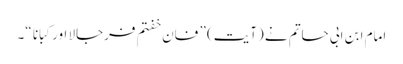
امام ابن ابی حاتم نے (آیت) ” فان خفتم فرجالا اور کبانا “۔